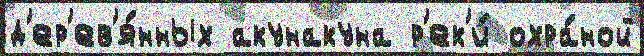
д'ер'ев'я́нных акунакуна р'ек'и́ охра́ной